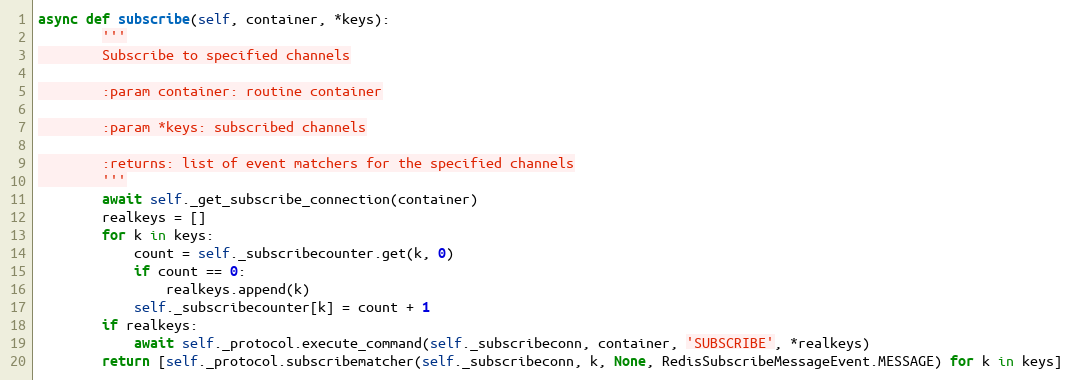
Language: Python
async def subscribe(self, container, *keys):
        '''
        Subscribe to specified channels

        :param container: routine container

        :param *keys: subscribed channels

        :returns: list of event matchers for the specified channels
        '''
        await self._get_subscribe_connection(container)
        realkeys = []
        for k in keys:
            count = self._subscribecounter.get(k, 0)
            if count == 0:
                realkeys.append(k)
            self._subscribecounter[k] = count + 1
        if realkeys:
            await self._protocol.execute_command(self._subscribeconn, container, 'SUBSCRIBE', *realkeys)
        return [self._protocol.subscribematcher(self._subscribeconn, k, None, RedisSubscribeMessageEvent.MESSAGE) for k in keys]